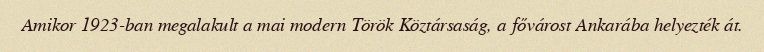
Amikor 1923-ban megalakult a mai modern Török Köztársaság, a fővárost Ankarába helyezték át.